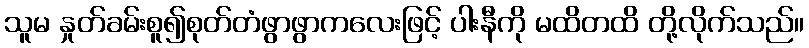
သူမ နှုတ်ခမ်းစူ၍စုတ်တံဖွာဖွာကလေးဖြင့် ပါးနီကို မထိတထိ တို့လိုက်သည်။